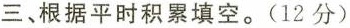
三、根据平时积累填空。(12分)